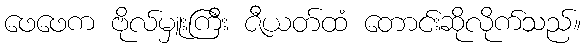
ဖေဖေက ဗိုလ်မှူးကြီး ဇီယတ်ထံ တောင်းဆိုလိုက်သည်။